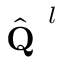
\hat { \textbf { Q } } ^ { l }